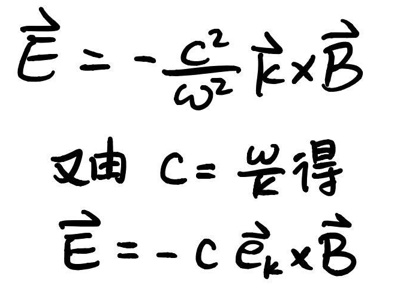
\(\vec{E}&=-\frac{c^2}{\omega^2}\vec{k}\times\vec{B}\)\\
又由\(\quad c&=\frac{\omega}{k}\quad\)得\\
\(\vec{E}&=-c\vec{e}_k\times\vec{B}\)